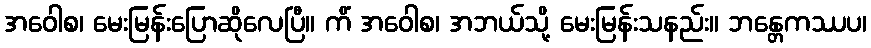
အဝေါစ၊ မေးမြန်းပြောဆိုလေပြီ။ ကိံ အဝေါစ၊ အဘယ်သို့ မေးမြန်းသနည်း။ ဘန္တေကဿပ၊